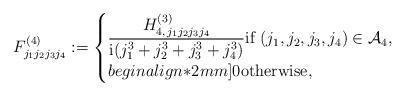
LaTeX: \begin{align*}F^{(4)}_{j_1 j_2 j_3 j_4}:=\begin{cases}\dfrac{H^{(3)}_{4,\,j_1 j_2 j_3 j_4}}{\mathrm{i}(j_1^3+j_2^3+j_3^3+j_4^3)} \mbox{if}\,\,(j_1, j_2, j_3, j_4)\in\mathcal{A}_4,\\begin{align*}2mm]0 \mbox{otherwise},\\\end{cases}\end{align*}